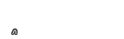
٨